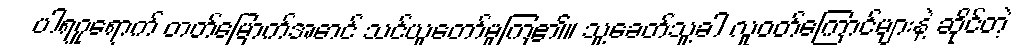
ပါရဂူရောက် တတ်မြောက်အောင် သင်ယူတော်မူကြ၏။ သူ့ခေတ်သူ့ခါ လူဝတ်ကြောင်များနဲ့ ဆိုင်တဲ့